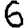
Digit: 6